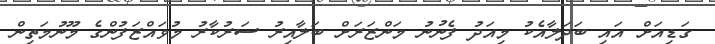
ގަޑިއަށް އައި ބަދަލާއެކު މިއަދު ފެނުނު މަންޒަރަށް ބަލާއިރު ސަރުކާރު މުވައްޒަފުންގެ މޫނުމަތިން